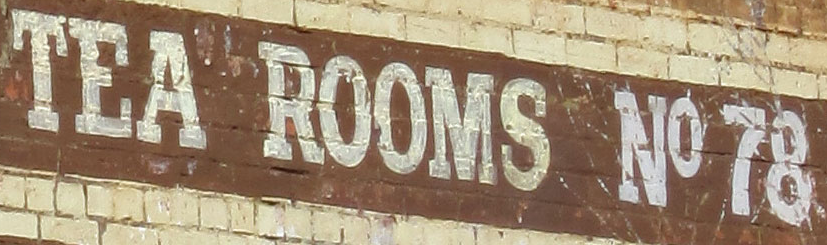
TEA ROOMS NO78